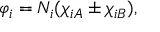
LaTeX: \varphi _ { i } = N _ { i } ( \chi _ { i A } \pm \chi _ { i B } ) ,